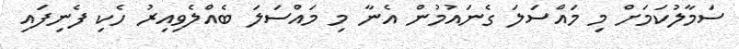
ސަމާލުކަމަށް މި މައްސަލަ ގެނައުމުން އެނާ މި މައްސަލަ ބެއްލެވިއިރު ހެކި ފެނިފައި